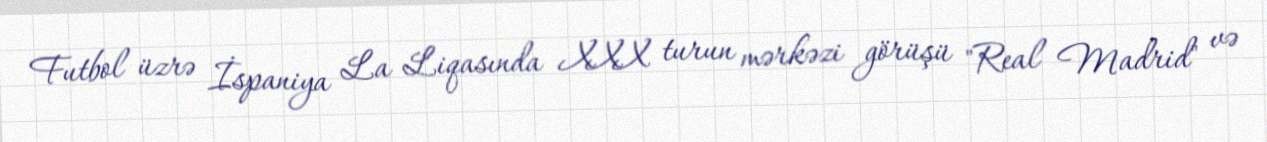
Futbol üzrə İspaniya La Liqasında XXX turun mərkəzi görüşü "Real Madrid" və